Lunatic asylums in Bengal annual reports 1899-1911 - 1899-1911
Year: 1899
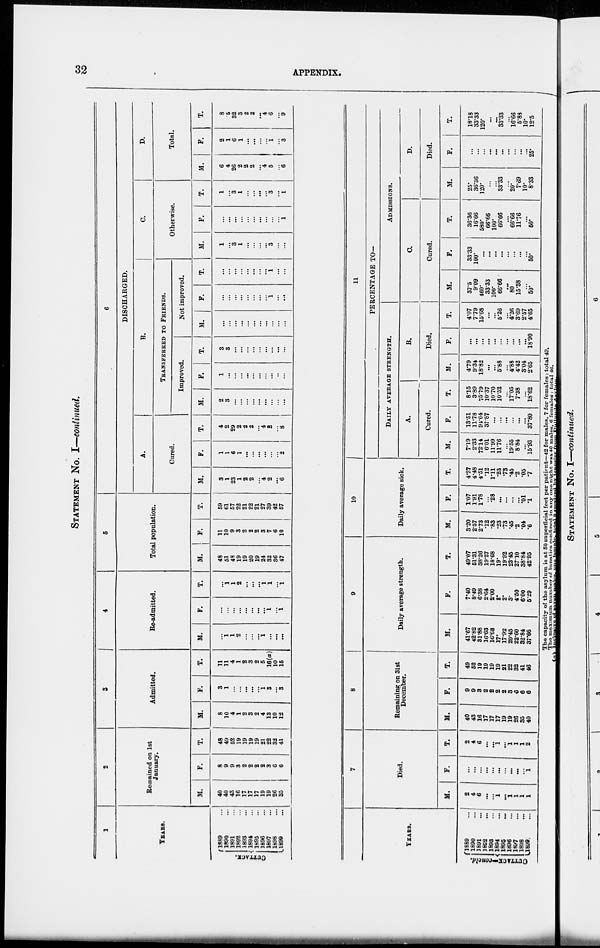
32
APPENDIX.
STATEMENT NO. I—continued.
1
YEARS.
CUTTACK.
1889 ...
1890 ...
1891 ...
1892 ...
1893 ...
1894 ...
1895 ...
1896 ...
1897 ...
1898 ...
1899 ...
2
Remained on 1st
January.
M.
40
40
43
16
17
17
17
19
19
26
35
F.
8
9
9
3
2
2
2
2
3
6
6
T.
48
49
52
19
19
19
19
21
22
32
41
3
Admitted.
M.
8
10
4
1
2
3
2
4
13
10
12
F.
3
1
...
...
...
...
...
1
3
...
3
T.
11
11
4
1
2
3
2
5
16(a)
10
15
4
Re-admitted.
M.
...
1
1
2
...
...
...
1
...
...
...
F.
...
...
...
...
...
...
...
...
1
...
1
T.
...
1
1
2
...
...
...
1
1
...
1
5
Total population.
M.
48
51
48
19
19
20
19
24
32
36
47
F.
11
10
9
3
2
2
2
3
7
6
10
T.
59
61
57
22
21
22
21
27
39
42
57
6
DISCHARGED.
A.
Cured.
M.
3
1
23
1
2
2
...
4
2
...
6
F.
1
1
6
1
...
...
...
...
...
...
2
T.
4
2
29
2
2
2
...
4
2
...
8
B.
TRANSFERRED TO FRIENDS.
Improved.
M.
2
3
...
...
...
...
...
...
...
...
...
F.
1
...
...
...
...
...
...
...
...
...
...
T.
3
3
...
...
...
...
...
...
...
...
...
Not improved.
M.
...
...
...
...
...
...
...
...
...
...
...
F.
...
...
...
...
...
...
...
...
1
...
...
T.
...
...
...
...
...
...
...
...
1
...
...
C.
Otherwise.
M.
1
...
3
1
...
...
...
...
3
...
...
F.
...
...
...
...
...
...
...
...
...
...
1
T.
1
...
3
1
...
...
...
...
3
...
1
D.
Total.
M.
6
4
26
2
2
2
...
4
5
...
6
F.
2
1
6
1
...
...
...
...
1
...
3
T.
8
5
32
3
2
2
...
4
6
...
9
YEARS.
CUTTACK—Concld.
1889 ...
1890 ...
1891 ...
1892 ...
1893 ...
1894 ...
1895 ...
1896 ...
1897 ...
1898 ...
1899 ...
7
Died.
M.
2
4
6
...
...
1
...
1
1
1
1
F.
...
...
...
...
...
...
...
...
...
...
1
T.
2
4
6
...
...
1
...
1
1
1
2
8
Remaining on 31st
December.
M.
40
43
16
17
17
17
19
19
26
35
40
F.
9
9
3
2
2
2
2
3
6
6
6
T.
49
52
19
19
19
19
21
22
32
41
46
9
Daily average strength.
M.
41.67
42.82
31.88
16.63
16.68
17.
17.92
20.45
22.60
32.84
37.66
F.
7.40
8.49
6.38
2.64
2.00
2.
2.
3.
4.50
6.00
6.29
T.
49.07
51.31
38.26
19.27
18.68
19.
19.92
23.45
27.10
38.84
42.95
10
Daily average sick.
M.
3.20
2.57
2.73
.12
.83
.23
.73
.45
.2
.04
.6
F.
1.07
1.91
1.78
...
.28
...
...
...
...
.01
.1
T.
4.27
4.48
4.51
.12
1.11
.23
.73
.45
.2
.05
.7
11
PERCENTAGE TO—
DAILY AVERAGE STRENGTH.
A.
Cured.
M.
7.19
2.33
72.14
6.01
11.99
11.76
...
19.55
8.84
...
15.93
F.
13.51
11.78
94.04
37.87
...
...
...
...
...
...
37.80
T.
8.15
3.89
75.79
10.37
10.70
10.52
...
17.05
7.38
...
18.62
B.
Died.
M.
4.79
9.34
18.82
...
...
5.88
...
4.88
4.42
3.04
2.65
F.
...
...
...
...
...
...
...
...
...
...
18.90
T.
4.07
7.79
15.68
...
...
5.26
...
4.26
3.69
2.57
4.65
ADMISSIONS.
C.
Cured.
M.
37.5
9.09
460.
33.33
100.
66.66
...
80
15.38
...
50.
F.
33.33
100.
...
...
...
...
...
...
...
...
50.
T.
36.36
16.66
580.
66.66
100.
66.66
...
66.66
11.76
...
50.
D.
Died.
M.
25.
36.36
120.
...
...
33.33
...
20.
7.69
10.
8.33
F.
...
...
...
...
...
...
...
...
...
...
25.
T.
18.18
33.33
120.
...
...
33.33
...
16.66
5.83
10.
12.5
The capacity of the asylum is at 50 superficial feet per patient—42 for males, 7 for females : total 49.
The maximum number of lunatics confined in any one night was 40 males, 6 females : total 46.
(a) lncluaive of seven
males,one
females, total 8 received
by transfer from Dullunda
Asylum.